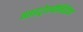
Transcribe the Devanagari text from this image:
नाइट्रोग्वेनिडिन